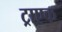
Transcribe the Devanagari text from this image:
ट्राएक